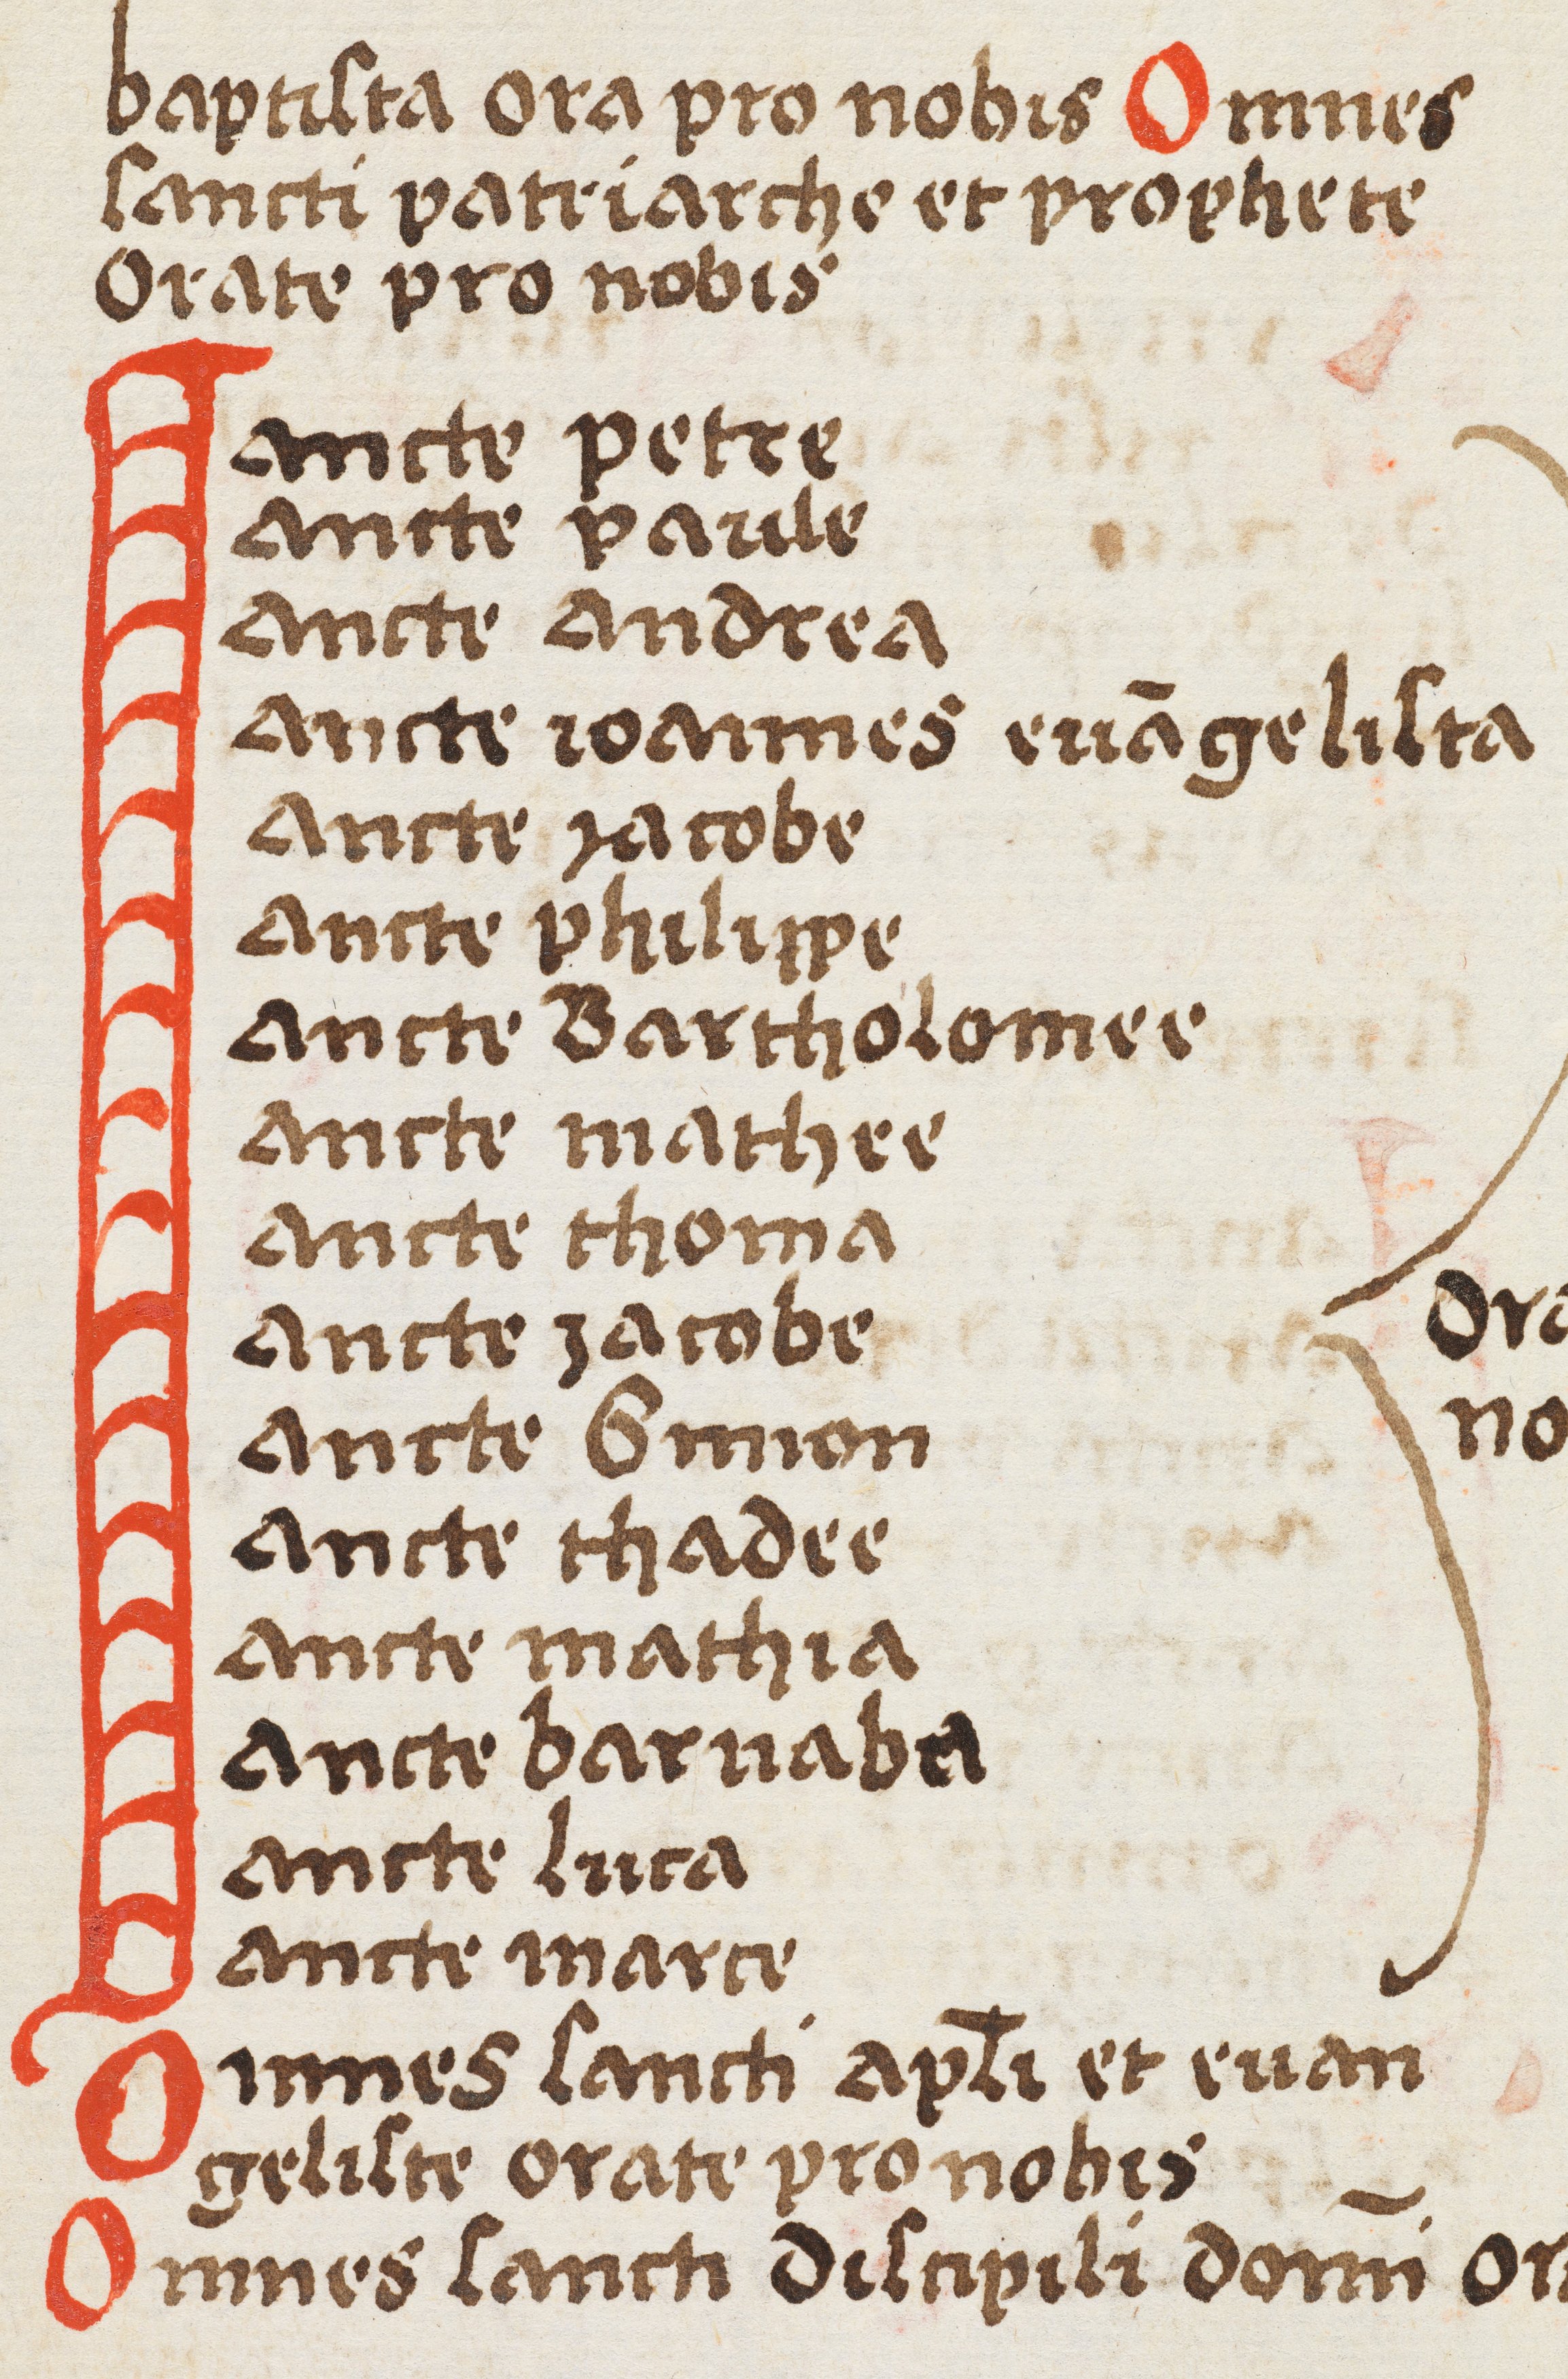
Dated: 1400–1499